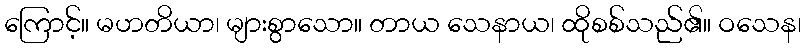
ကြောင့်။ မဟတိယာ၊ များစွာသော။ တာယ သေနာယ၊ ထိုစစ်သည်၏။ ဝသေန၊